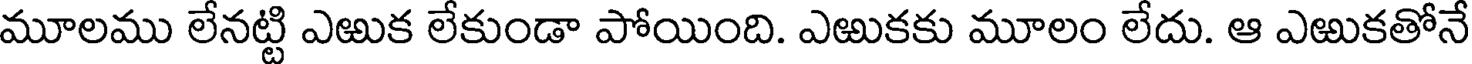
మూలము లేనట్టి ఎఱుక లేకుండా పోయింది. ఎఱుకకు మూలం లేదు. ఆ ఎఱుకతోనే